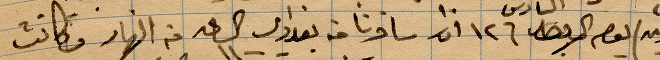
يوم السادس من آذار سافرنا من بغدادي الساعة ١١ من النهار فكانت